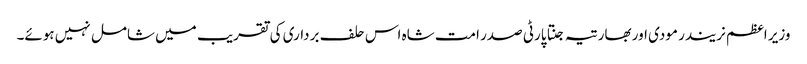
وزیر اعظم نریندر مودی اور بھارتیہ جنتا پارٹی صدر امت شاہ اس حلف برداری کی تقریب میں شامل نہیں ہوئے۔